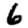
Digit: 6